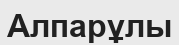
Алпарұлы